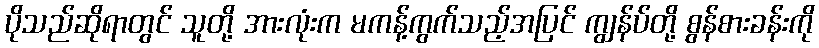
ပိုသည်ဆိုရာတွင် သူတို့ အားလုံးက မကန့်ကွက်သည့်အပြင် ကျွန်ပ်တို့ စွန်စားခန်းကို